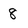
Character: 8